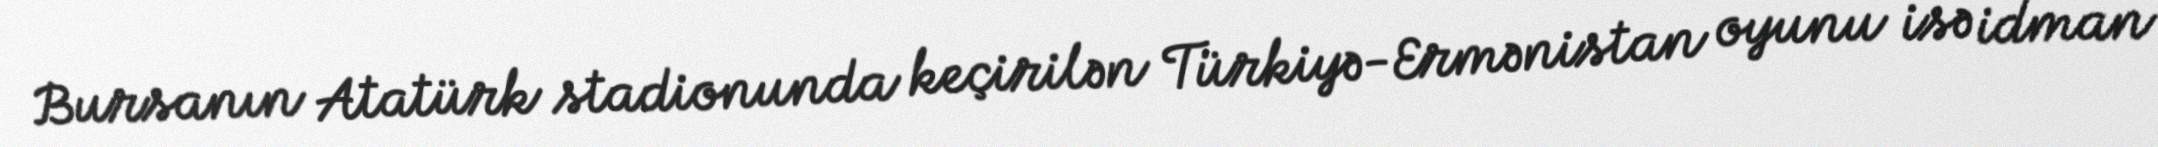
Bursanın Atatürk stadionunda keçirilən Türkiyə-Ermənistan oyunu isə idman